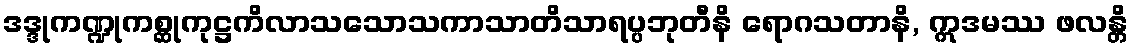
ဒဒ္ဒုကဏ္ဍုကစ္ဆုကုဋ္ဌကိလာသသောသကာသာတိသာရပ္ပဘုတီနိ ရောဂသတာနိ, ဣဒမဿ ဖလန္တိ